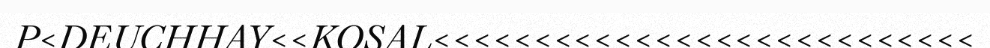
P<DEUCHHAY<<KOSAL<<<<<<<<<<<<<<<<<<<<<<<<<<<